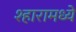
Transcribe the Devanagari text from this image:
श्हारामध्ये